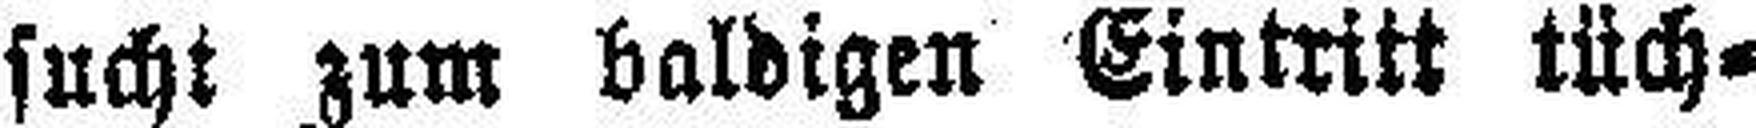
sucht zum baldigen Eintritt tüch¬